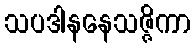
သပဒါနနေသဇ္ဇိကာ